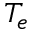
T _ { e }